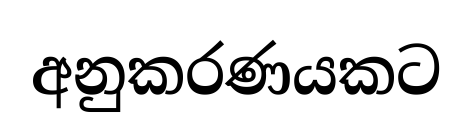
අනුකරණයකට